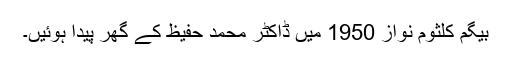
بیگم کلثوم نواز 1950 میں ڈاکٹر محمد حفیظ کے گھر پیدا ہوئیں۔